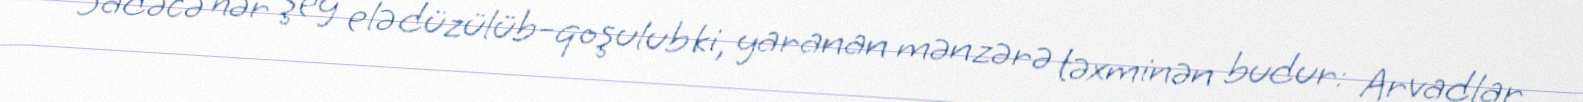
Sadəcə hər şey elə düzülüb-qoşulub ki, yaranan mənzərə təxminən budur: Arvadlar